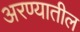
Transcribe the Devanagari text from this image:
अरण्यातील